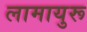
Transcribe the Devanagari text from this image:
लामायुरू